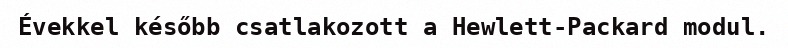
Évekkel később csatlakozott a Hewlett-Packard modul.